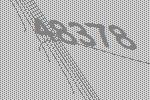
48378